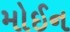
મોઈન